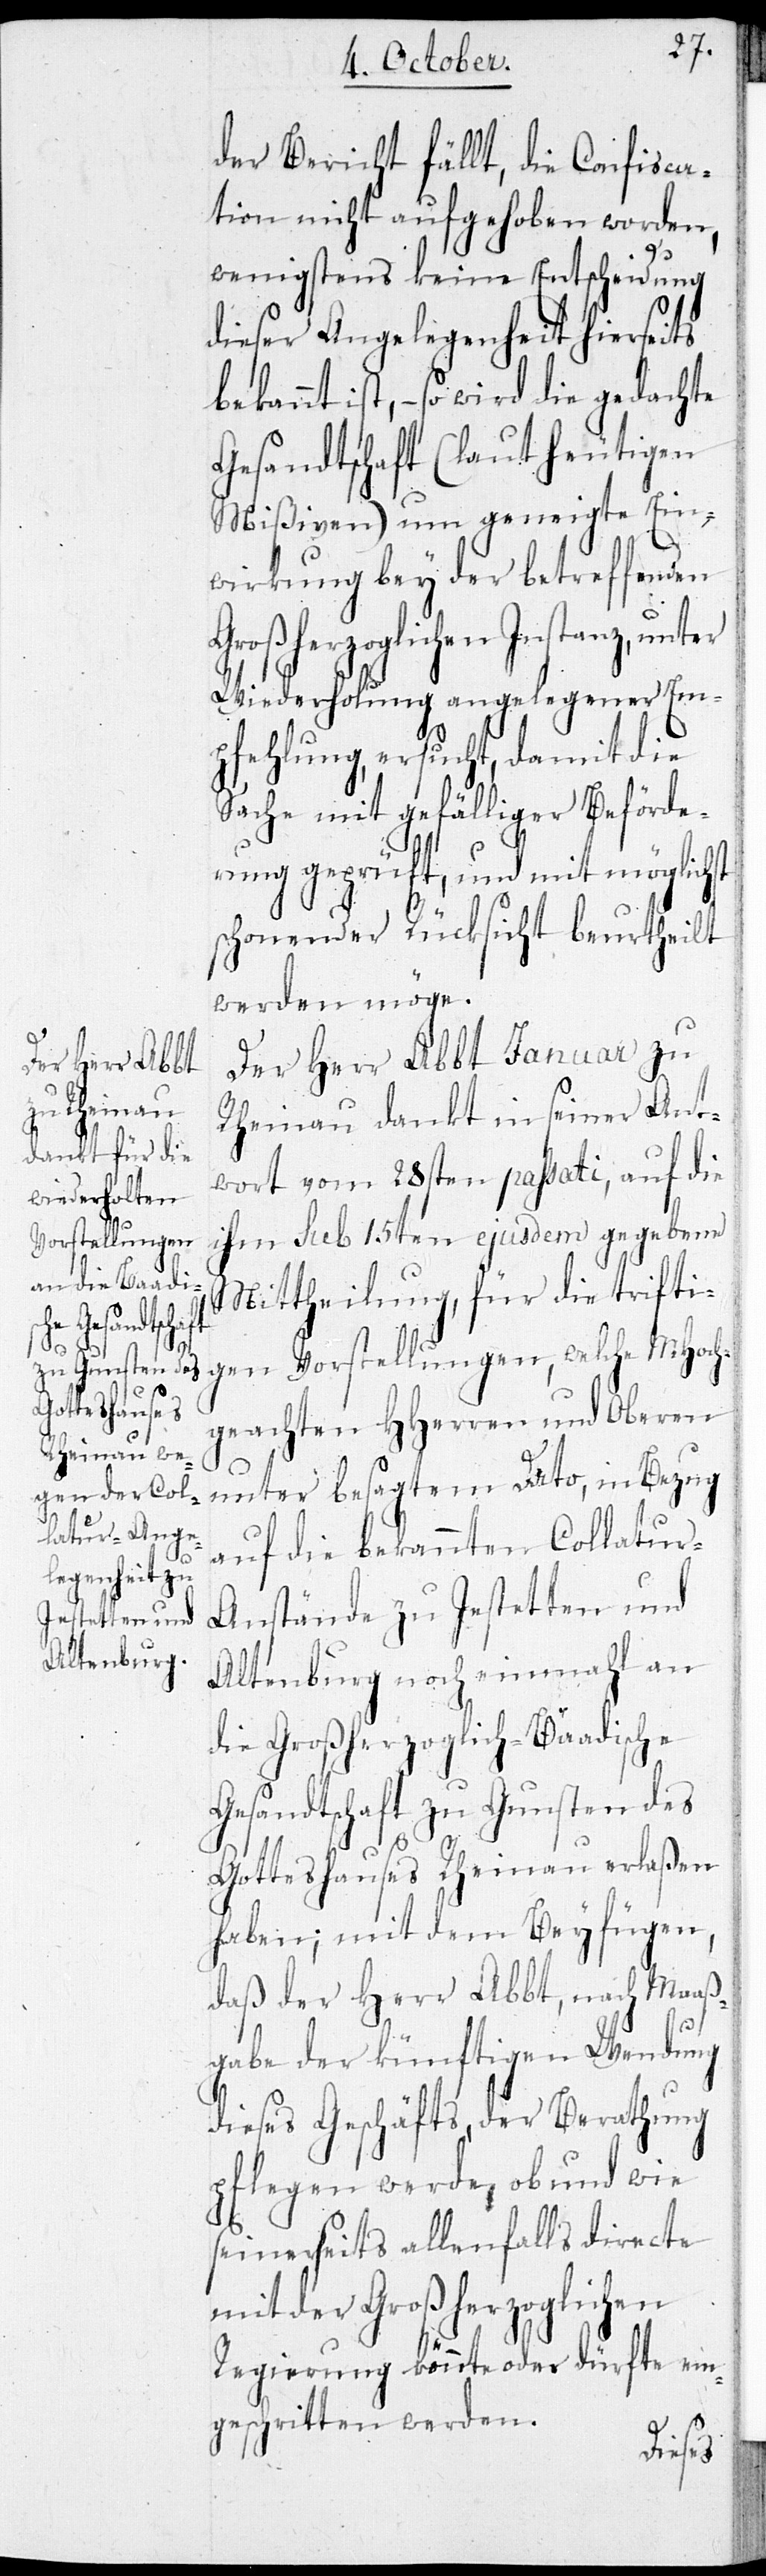
der Bericht fällt, die Confisca¬
tion nicht aufgehoben worden,
wenigstens keine Entscheidung
dieser Angelegenheit hierseits
ist, – so wird die gedachte
Gesandtschaft (laut heutigen
Mißiven) um geneigte Ein¬
wirkung bey der betreffenden
Großherzoglichen Instanz, unter
Wiederholung angelegener Em¬
pfehlung, ersucht, damit die
Sache mit gefälliger Beförde¬
rung geprüft, und mit möglichst
schonender Rücksicht beurtheilt
werden möge.
Der Herr Abbt Januar zu
Rheinau dankt in seiner Ant¬
wort vom 28sten passati auf die
ihm sub 15ten ejusdem gegebene
Mittheilung, für die trifti¬
gen Vorstellungen, welche MHoch¬
geachten HHerren und Oberen
unter besagtem Dato, in Bezug
auf die bekannten Collatur-A¬
nstände zu Jestetten und
Altenburg noch einmahl an
die Großherzoglich-Baadische
Gesandtschaft zu Gunsten des
Gotteshauses Rheinau erlaßen
haben; mit dem Beyfügen,
daß der Herr Abbt, nach Maaß¬
gabe der künftigen Wendung
dieses Geschäfts, der Berathung
pflegen werde, ob und wie
seinerseits allenfalls directe
mit der Großherzoglichen
Regierung könnte oder dürfte ein¬
geschritten werden.